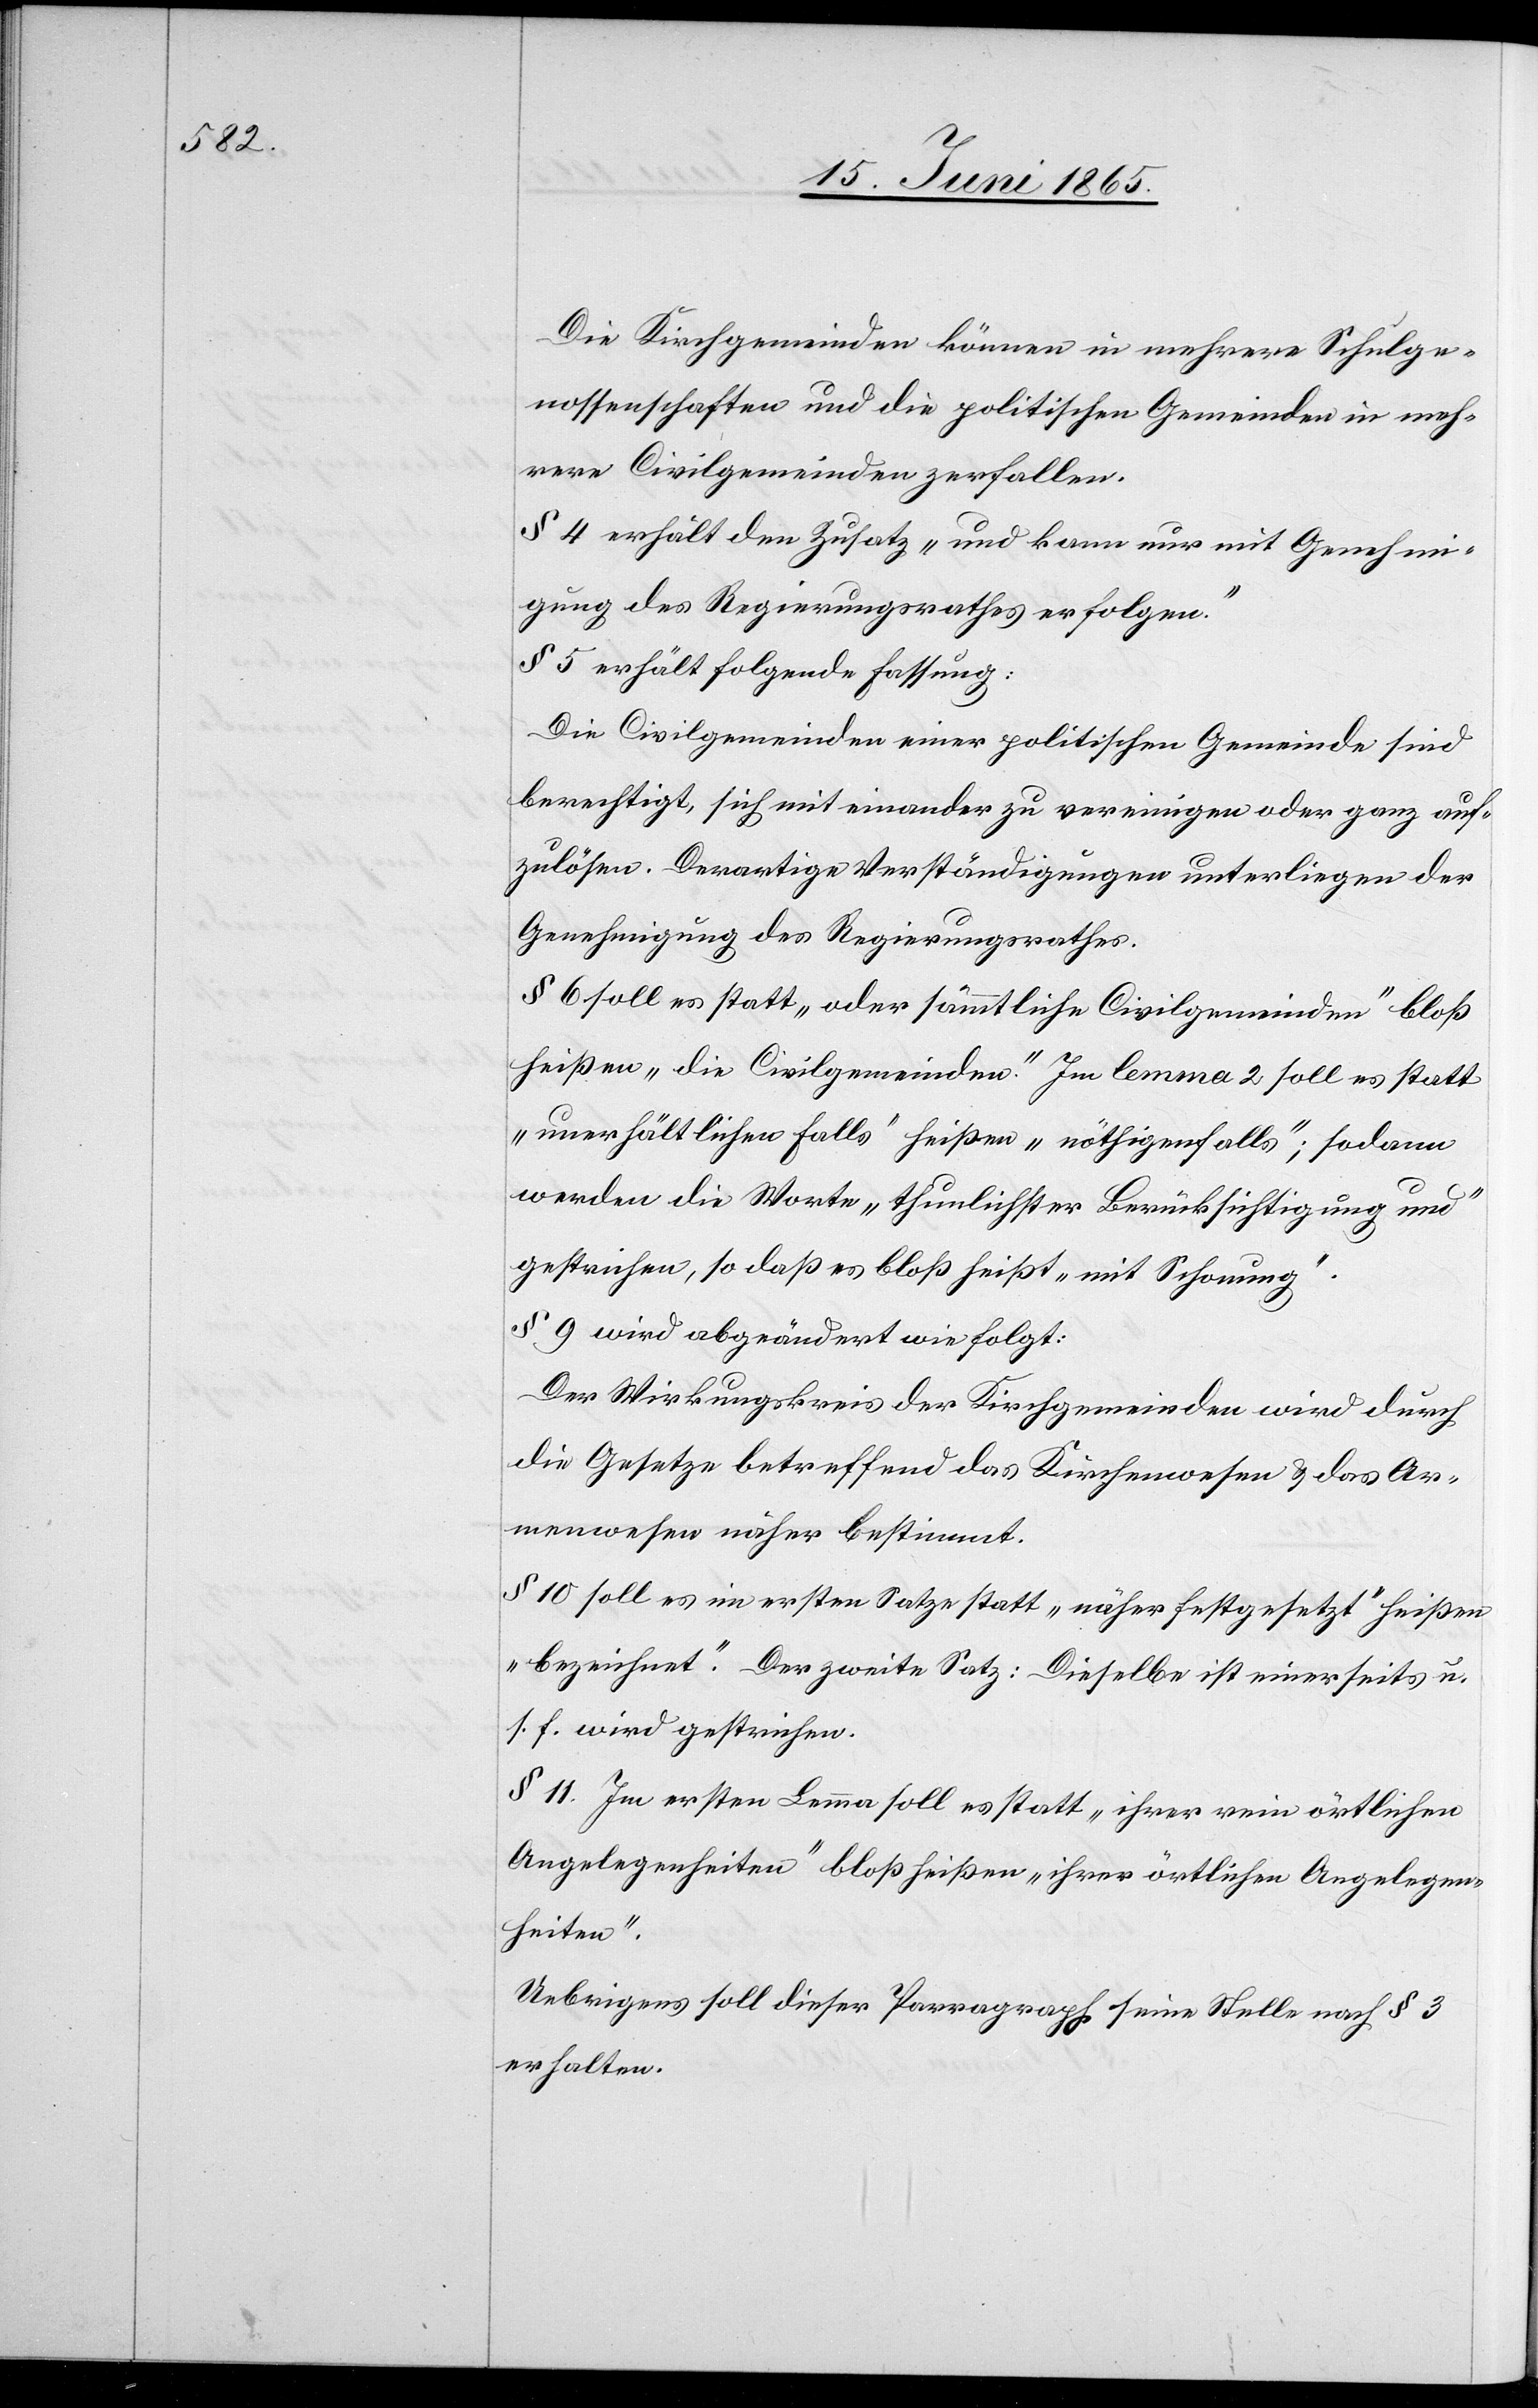
Die Kirchgemeinden können in mehrere Schulge¬
nossenschaften und die politischen Gemeinden in meh¬
rere Civilgemeinden zerfallen.
§ 4 erhält den Zusatz „und kann nur mit Genehmi¬
gung des Regierungsrathes erfolgen.“
§ 5 erhält folgende Fassung:
Die Civilgemeinden einer politischen Gemeinde sind
berechtigt, sich mit einander zu vereinigen oder ganz auf¬
zulösen. Derartige Verständigungen unterliegen der
Genehmigung des Regierungsrathes.
§ 6 soll es statt „oder sämmtliche Civilgemeinden“ bloß
heißen „die Civilgemeinden“. Im lemma 2 soll es statt
„unerhältlichen Falls“ heißen „nöthigenfalls“; sodann
werden die Worte „thunlichster Berücksichtigung und“
gestrichen, so daß es bloß heißt „mit Schonung“.
§ 9 wird abgeändert wie folgt:
Der Wirkungskreis der Kirchgemeinden wird durch
die Gesetze betreffend das Kirchenwesen & das Ar¬
menwesen näher bestimmt.
§ 10 soll es im ersten Satze statt „näher festgesetzt“ heißen
„bezeichnet“. Der zweite Satz: Dieselbe ist einerseits u.
s. f. wird gestrichen.
§ 11. Im ersten Lemma soll es statt „ihrer rein örtlichen
Angelegenheiten“ bloß heißen „ihrer örtlichen Angelegen¬
heiten“.
Uebrigens soll dieser Parragraph [sic!] seine Stelle nach § 3
erhalten.